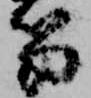
笏